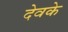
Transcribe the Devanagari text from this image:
देवके